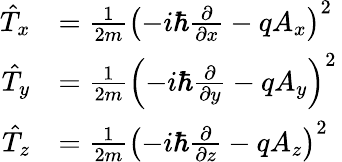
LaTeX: {\begin{array}{rl}{{\hat{T}}_{x}}&{={\frac{1}{2m}}\left(-i\hbar{\frac{\partial}{\partial x}}-qA_{x}\right)^{2}}\\ {{\hat{T}}_{y}}&{={\frac{1}{2m}}\left(-i\hbar{\frac{\partial}{\partial y}}-qA_{y}\right)^{2}}\\ {{\hat{T}}_{z}}&{={\frac{1}{2m}}\left(-i\hbar{\frac{\partial}{\partial z}}-qA_{z}\right)^{2}}\end{array}}\,